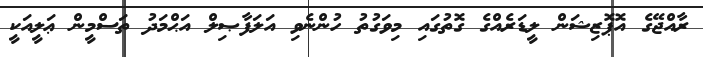
ރާއްޖޭގެ އޮޕޮޒިޝަން ލީޑަރެއްގެ ގޮތުގައި މިވަގުތު ހުންނެވި އަލަފާޞިލް އަޙްމަދު ތަސްމީން ޢަލީއަކީ